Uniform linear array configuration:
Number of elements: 24
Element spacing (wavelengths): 1
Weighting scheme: cosine
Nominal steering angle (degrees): -45
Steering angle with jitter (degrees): -44.036
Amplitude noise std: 0.05
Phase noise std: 0.05

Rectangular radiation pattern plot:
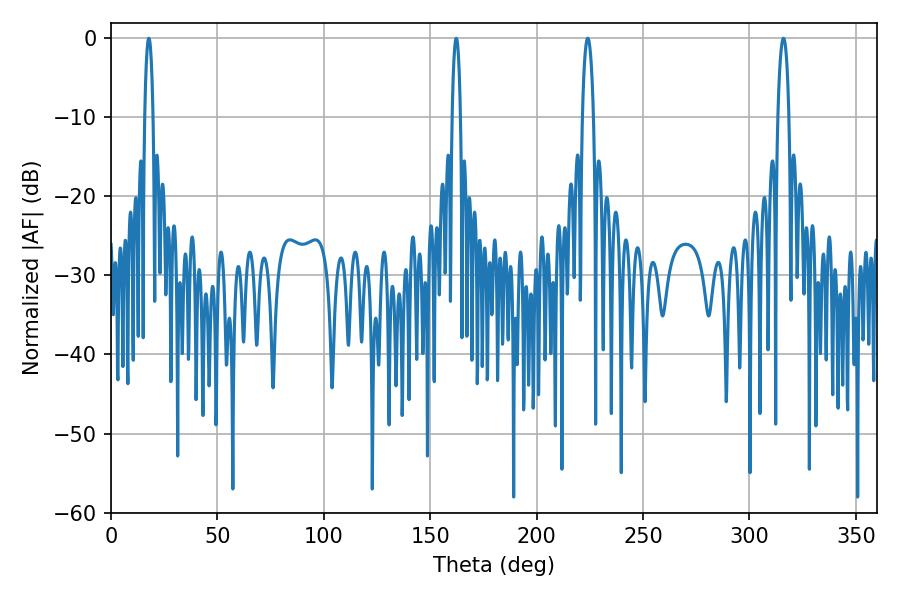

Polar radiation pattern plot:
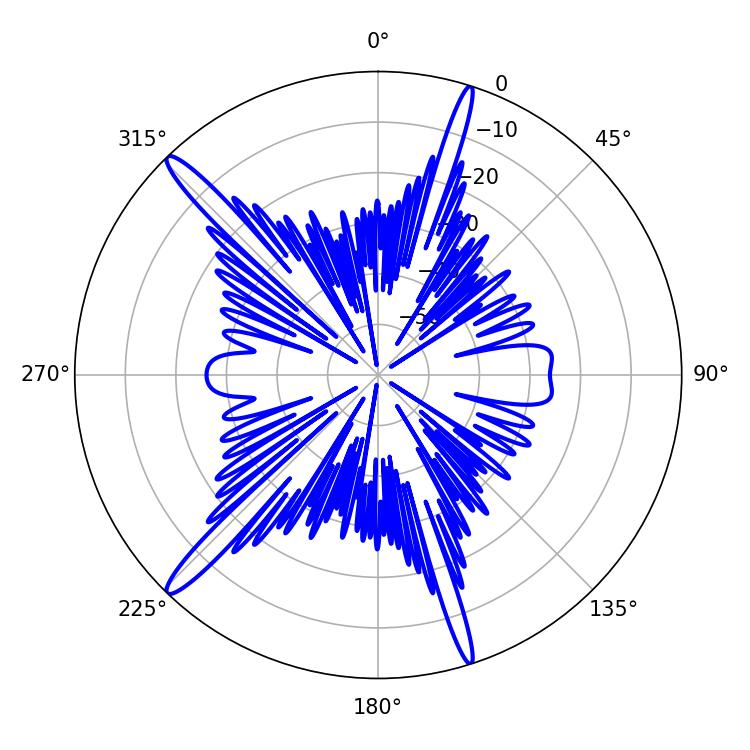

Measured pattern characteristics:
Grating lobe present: TRUE
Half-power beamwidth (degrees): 2.16
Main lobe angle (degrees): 162.18